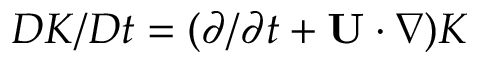
D K / D t = ( \partial / \partial t + { \bf { U } } \cdot \nabla ) K